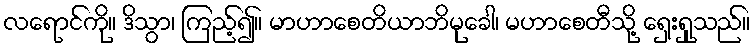
လရောင်ကို။ ဒိသွာ၊ ကြည့်၍။ မာဟာစေတိယာဘိမုခေါ၊ မဟာစေတီသို့ ရှေးရှုသည်။